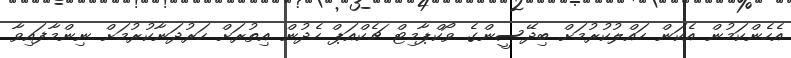
އެހެންކަމުން އެކަން ހައްލުކުރުމަށް ބިދޭސީންގެ ވޯކްޕާމިޓް ޗެކްއަޕް ހެދުން އިތުރަށް ހަރުދަނާކުރުމަށް ނިންމާފައިވާ